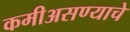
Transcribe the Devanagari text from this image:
कमीअसण्याचे